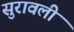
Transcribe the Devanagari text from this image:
सुरावली